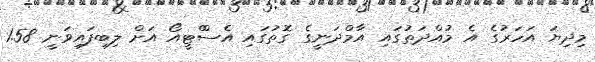
މިދިޔަ އަހަރުގެ އެ މުއްދަތުގައި އާމްދަނީގެ ގޮތުގައި އެސްްޓީއޯ އަށް ލިބިފައިވަނީ 1.58